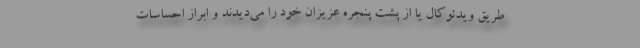
طریق ویدئوکال یا از پشت پنجره عزیزان خود را می‌دیدند و ابراز احساسات